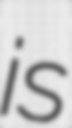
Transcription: is